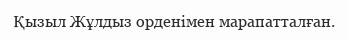
Қызыл Жұлдыз орденімен марапатталған.